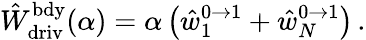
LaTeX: \hat{W}_{\mathrm{driv}}^{\mathrm{bdy}}(\alpha)=\alpha\left(\hat{w}_{1}^{0\to 1}+\hat{w}_{N}^{0\to 1}\right)\, .